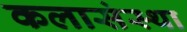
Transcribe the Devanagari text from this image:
कलासंस्था